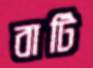
বাটি